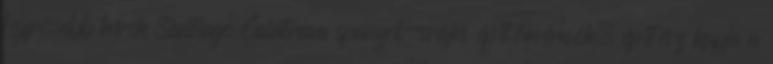
Legfrissebb hírek Santiago Calatrava spanyol-svájci építőmérnök, építész kapja a